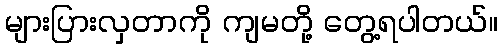
များပြားလှတာကို ကျမတို့ တွေ့ရပါတယ်။